Report on sanitation, dispensaries, and jails in Rajputana for 1918, and on vaccination for the year 1918-1919 - 1918-1919
Year: 1918
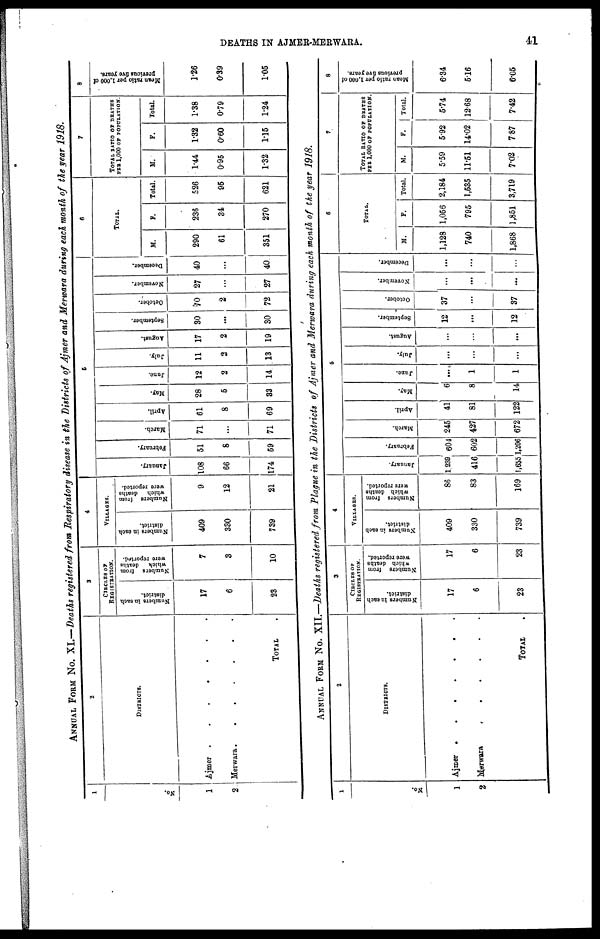
DEATHS IN AJMER-MERWARA.
41
ANNUAL FORM No. XI—Deaths registered from Respiratory disease in the Districts of Ajmer and Merwara during each month of the year 1918.
1
No.
1
2
2
DISTRICTS.
Ajmer .
.
.
.
.
.
.
Merwara . . . . . . .
TOTAL .
3
CIRCLES OF
REGISTRATION.
Numbers in each
district.
17
6
23
Numbers from
which
deaths
were reported.
7
3
10
4
VILLAGES.
Numbers in each
district.
409
330
739
Numbers from
which
deaths
were reported.
9
12
21
5
January.
108
66
174
February.
51
8
59
March.
71
...
71
April.
61
8
69
May.
28
5
33
Jane.
12
2
14
July.
11
2
13
August.
17
2
19
September.
30
...
30
October.
70
2
72
November.
27
...
27
December.
40
...
40
6
TOTAL.
M.
290
61
351
F.
236
34
270
Total.
526
95
621
7
TOTAL RATIO OF DEATHS
PER 1,000 OF POPULATION.
M.
1.44
0.95
1.32
F.
1.32
0.60
1.15
Total.
1.38
0.79
1.24
8
Mean ratio per 1,000 of
previous five years.
1.26
0.39
1.05
ANNUAL FORM No. XII.—Deaths registered from Plague in the Districts of Ajmer and Merwara during each month of the year 1918.
1
No.
1
2
2
DISTRICTS.
Ajmer .
.
.
.
.
.
.
Merwara
. . . .
.
.
TOTAL .
3
CIRCLES OF
REGISTRATION.
Numbers in each
district.
17
6
23
Numbers from
which deaths
were reported.
17
6
23
4
VILLAGES.
Numbers in each
district.
409
330
739
Numbers from
which deaths
were reported.
86
83
169
5
January.
1,239
416
1,655
February.
604
602
1,206
March.
245
427
672
April.
41
81
122
May.
6
8
14
June.
...
1
1
July.
...
...
...
August.
...
...
...
September.
12
...
12
October.
37
...
37
November.
...
...
...
December.
...
...
...
6
TOTAL.
M.
1,128
740
1,868
F.
1,056
795
1,851
Total.
2,184
1,535
3,719
7
TOTAL RATIO OF DEATHS
PER 1,000 OF POPULATION.
M.
5.59
11.51
7.02
F.
5.92
14.02
7.87
Total.
5.74
12.68
7.42
8
Mean ratio per 1,000 of
previous five years.
6.34
5.16
6.05